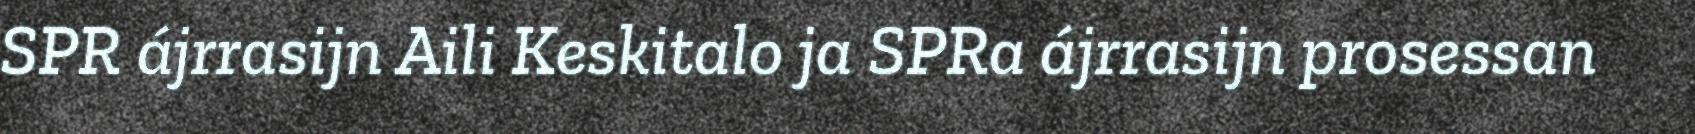
SPR ájrrasijn Aili Keskitalo ja SPRa ájrrasijn prosessan